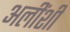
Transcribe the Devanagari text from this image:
अलींशी